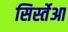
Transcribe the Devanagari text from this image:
सिर्स्तेआ